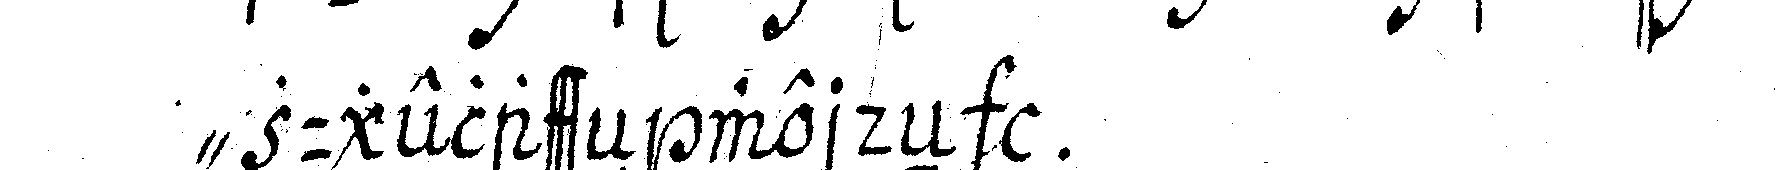
" zugelasseN werdeN  .